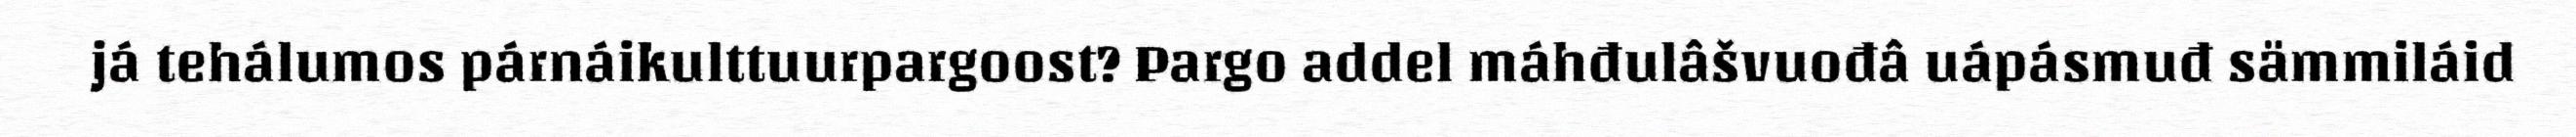
já tehálumos párnáikulttuurpargoost? Pargo addel máhđulâšvuođâ uápásmuđ sämmiláid